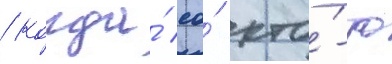
/ когда́ ео́ кто́-то